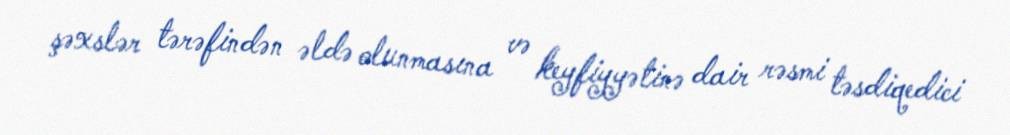
şəxslər tərəfindən əldə olunmasına və keyfiyyətinə dair rəsmi təsdiqedici